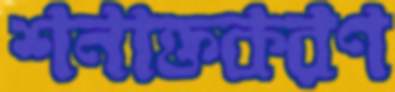
শনাক্তকরণ